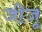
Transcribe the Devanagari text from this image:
जीजू